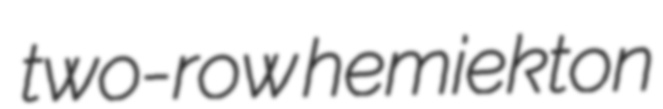
two-row hemiekton